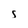
Character: s